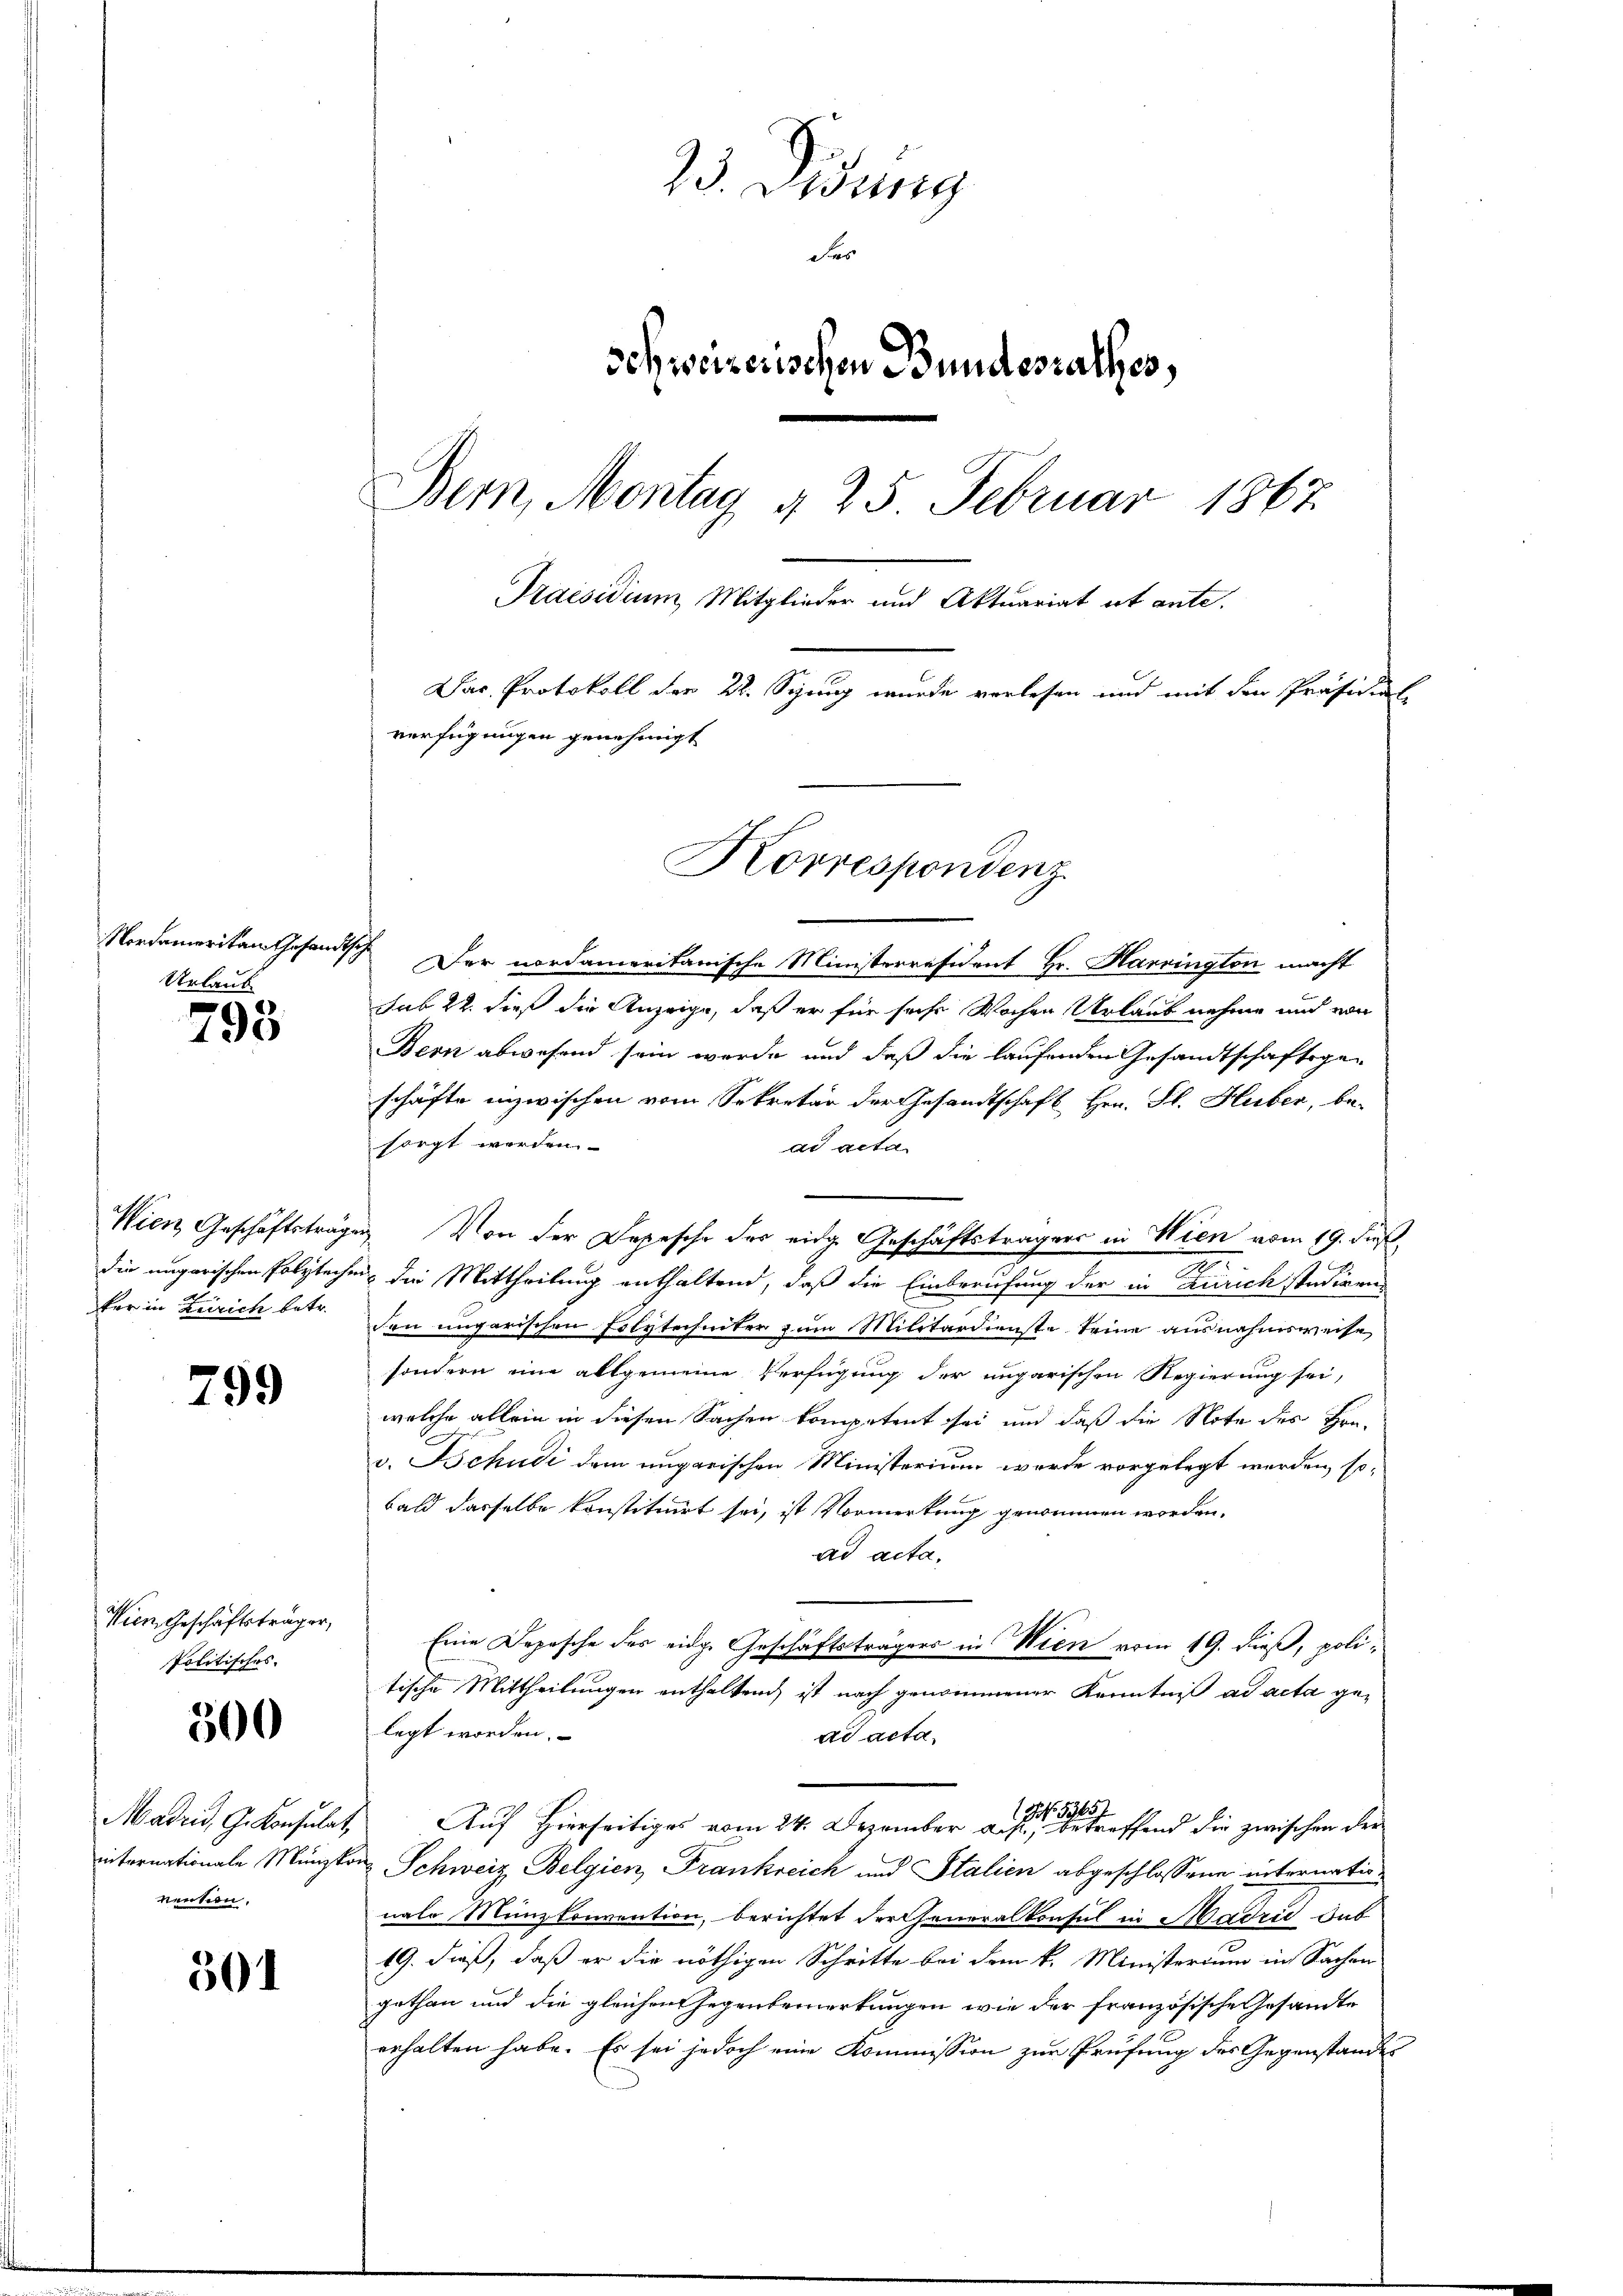
Urlaub

798

ker in Zeirich betr.

799

Wien Geschäftsträger,
Politisches

300

renten.

301

23. Weinig
Fro
schweizerischen Bundesrathes,
Bern, Montag § 25. Februar 1867
Praesidium Mitglieder und Aktuariat et ante.
Dar. Protokoll der 22. Sinng wurde verlesen und mit der Präsidial
verfügungen genehmigt
Korrespondenz

Mordamerikan Gesandtsch Der nordamerikanische Ministerräsident Hr. Harrington macht
sub 22. dieß die Anzeige, daß er für siche Wochen Urlaub nehme und von
Bern abwesend sein werde und daß die laufenden Gesandtschaftsgeschäfte inzwischen vom Sekretär der Gesandtschaft Hrn. Fl. Huber, be-
sorgt werden.
ad acta
Wien Geschäftsträgen Von der Depesche des eidg. Geschäftsträgers in Wien vom 19. Fuß.
die ungarischen Polytechen die Mittheilung enthaltend, daß die Einberufung der in Zürich studirenden ungarischen Folytechinter zum Militärdienste seine ausnahmsweise
sondern eine allgemeine Verfügung der ungarischen Regierung sei,
welche allein in diesen Sachen kompetent sei und daß die Note des Hrn.
v. Schudi dem ungarischen Ministerium werde vorgelegt werden, sobald dasselbe konstituirt sei, ist Vormerkung genommen worden,
ad acta,
Eine Depesche des eidge Geschäftsträgers in Wien vom 19. dieß, politische Mittheilungen enthaltend ist nach genommener Kenntniß ad acta gelegt worden.
dd acta.
Madrid, G. Konsulat, Auf Hierseitiges vom 24. Dezember die betreffend die zwischen der
internationale Münzkon Schweiz Belgien, Frankreich und Stalien abgeschlossene internatinale Münzkonvention, berichtet der Generalkonsul in Madzić das
19. dieß, daß er die nöthigen Schritte bei dem k. Ministerium in Sachen
gethan und die gleichen Gegenbemerkungen wie der französische Gesandte
erhalten habe. Es sei jedoch eine Kommission zur Prüfung des Gegenstandes